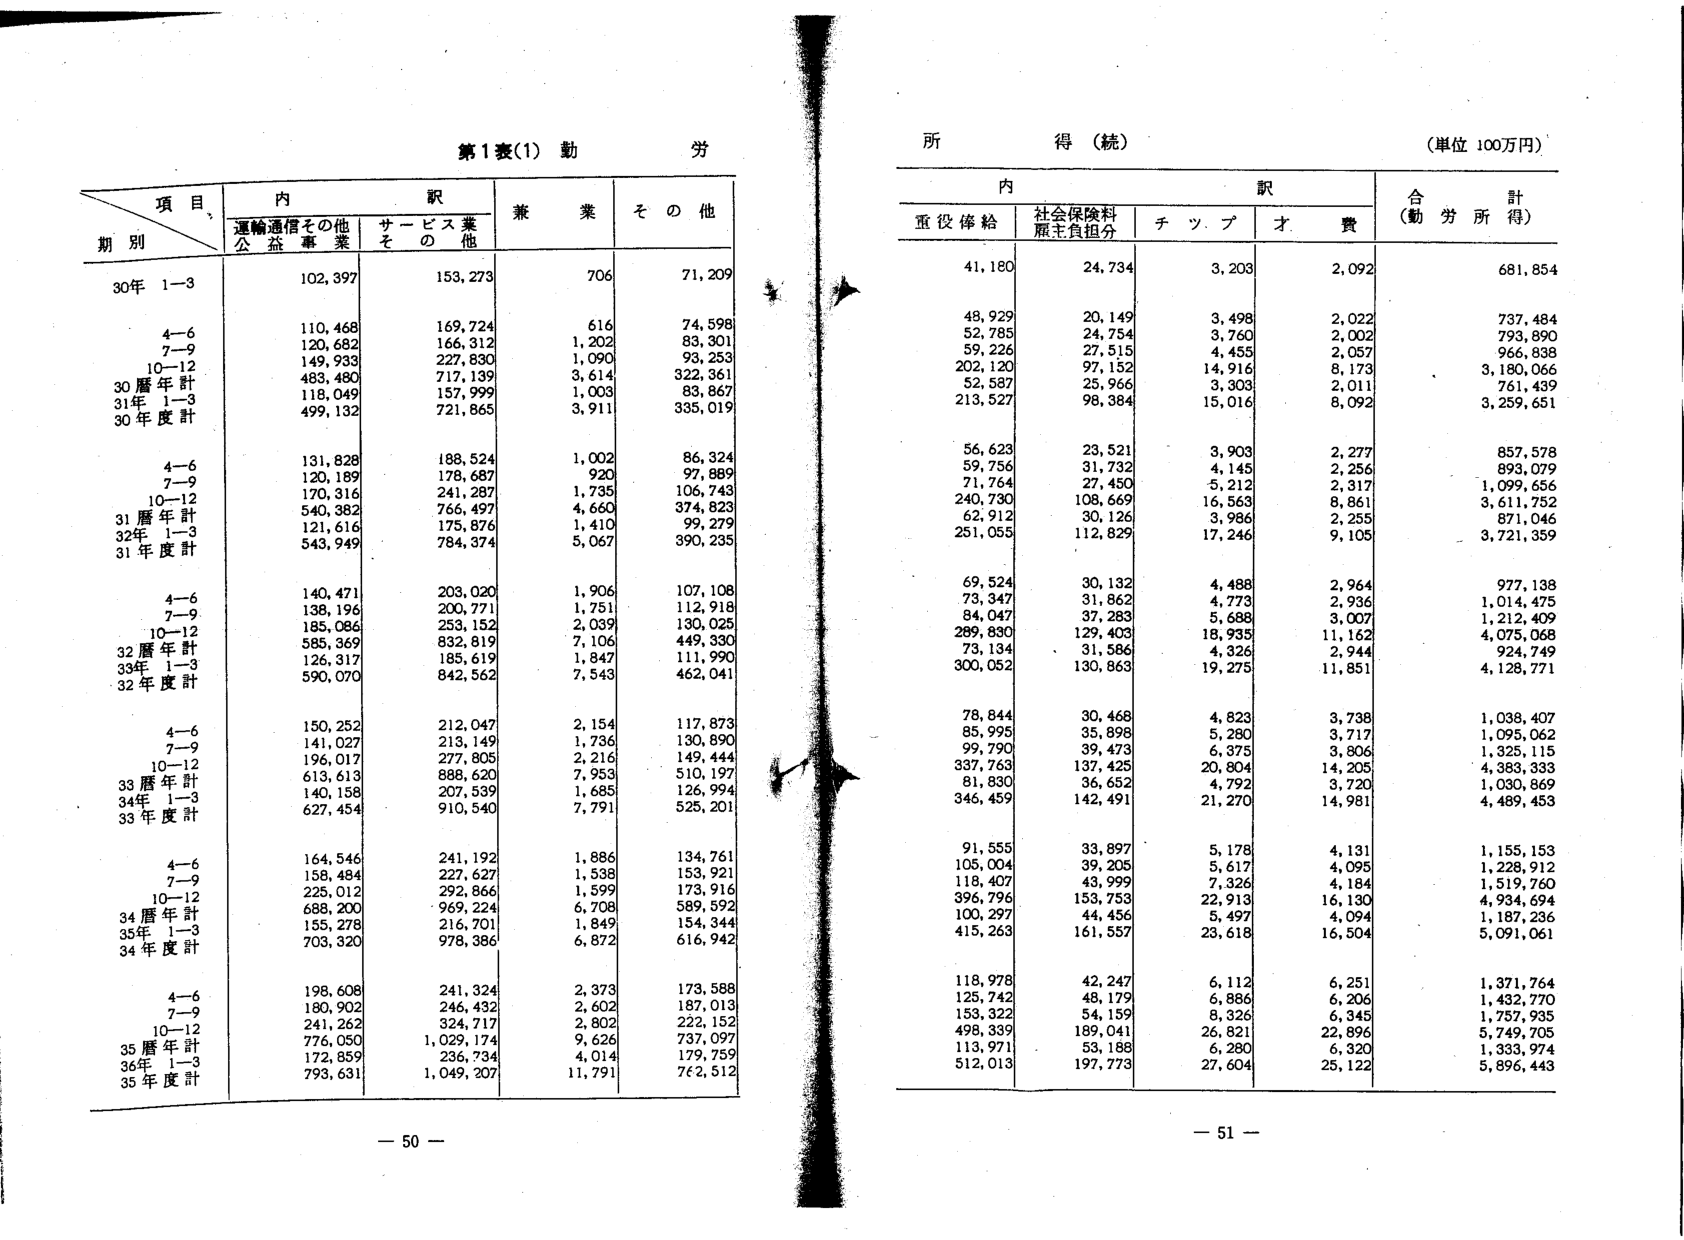
第1表(1) 勤 労

項 目
期 別
内 訳
兼 業
そ の 他

運輸通信その他
公益事業
サービス業
その他

30年 1-3
102,397
153,273
706
71,209

4-6
110,468
169,724
616
74,598

7-9
120,682
166,312
1,202
83,301

10-12
149,933
227,830
1,090
93,253

30暦年計
483,480
717,139
3,614
322,361

31年 1-3
118,049
157,999
1,003
83,867

30年度計
499,132
721,865
3,911
335,019

4-6
131,828
188,524
1,002
86,324

7-9
120,189
178,687
920
97,889

10-12
170,316
241,287
1,735
106,743

31暦年計
540,382
766,497
4,660
374,823

32年 1-3
121,616
175,876
1,410
99,279

31年度計
543,949
784,374
5,067
390,235

4-6
140,471
203,020
1,906
107,108

7-9
138,196
200,771
1,751
112,918

10-12
185,086
253,152
2,039
130,025

32暦年計
585,369
832,819
7,106
449,330

33年 1-3
126,317
185,619
1,847
111,990

32年度計
590,070
842,562
7,543
462,041

4-6
150,252
212,047
2,154
117,873

7-9
141,027
213,149
1,736
130,890

10-12
196,017
277,805
2,216
149,444

33暦年計
613,613
888,620
7,953
510,197

34年 1-3
140,158
207,539
1,685
126,994

33年度計
627,454
910,540
7,791
525,201

4-6
164,546
241,192
1,886
134,761

7-9
158,484
227,627
1,538
153,921

10-12
225,012
292,866
1,599
173,916

34暦年計
688,200
969,224
6,708
589,592

35年 1-3
155,278
216,701
1,849
154,344

34年度計
703,320
978,386
6,872
616,942

4-6
198,608
241,324
2,373
173,588

7-9
180,902
246,432
2,602
187,013

10-12
241,262
324,717
2,802
222,152

35暦年計
776,050
1,029,174
9,626
737,097

36年 1-3
172,859
236,734
4,014
179,759

35年度計
793,631
1,049,207
11,791
762,512

- 50 -

所 得 (続)
(単位 100万円)

内 訳
合 計
(勤 労 所 得)

重役俸給
社会保険料
原主負担分
チ ッ プ
才 費

41,180
24,734
3,203
2,092
681,854

48,929
20,149
3,498
2,022
737,484

52,785
24,754
3,760
2,002
793,890

59,226
27,515
4,453
2,057
966,838

202,120
97,152
14,916
8,173
3,180,066

52,587
25,966
3,303
2,011
761,439

213,527
98,384
15,016
8,092
3,259,651

56,623
23,521
3,903
2,277
857,578

59,756
31,732
4,145
2,256
893,079

71,764
27,450
5,212
2,317
1,099,656

240,730
108,669
16,563
8,861
3,611,752

62,912
30,126
3,986
2,255
871,046

251,055
112,829
17,246
9,105
3,721,359

69,524
30,132
4,488
2,964
977,138

73,347
31,862
4,773
2,936
1,014,475

84,047
37,283
5,688
3,007
1,212,409

289,830
129,403
18,935
11,162
4,075,068

73,134
31,586
4,326
2,944
924,749

300,052
130,863
19,275
11,851
4,128,771

78,844
30,468
4,823
3,738
1,038,407

85,995
35,898
5,280
3,717
1,095,062

99,790
39,473
6,375
3,806
1,325,115

337,763
137,425
20,804
14,205
4,383,333

81,830
36,652
4,792
3,720
1,030,869

346,459
142,491
21,270
14,981
4,489,453

91,555
33,897
5,178
4,131
1,155,153

105,004
39,205
5,617
4,095
1,228,912

118,407
43,999
7,326
4,184
1,519,760

396,796
153,753
22,913
16,130
4,934,694

100,297
44,456
5,497
4,094
1,187,236

415,263
161,557
23,618
16,504
5,091,061

118,978
42,247
6,112
6,251
1,371,764

125,742
48,179
6,886
6,206
1,432,770

153,322
54,159
8,326
6,345
1,757,935

498,339
189,041
26,821
22,896
5,749,705

113,971
53,188
6,280
6,320
1,333,974

512,013
197,773
27,604
25,122
5,896,443

- 51 -